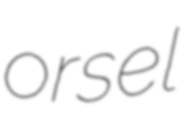
orsel